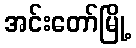
အင်းတော်မြို့